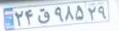
۲۴ق۹۸۵۲۹